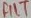
Text: FILT